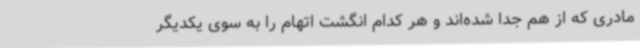
مادری که از هم جدا شده‌اند و هر کدام انگشت اتهام را به سوی یکدیگر